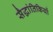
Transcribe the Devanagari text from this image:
सैद्धांतिकियों